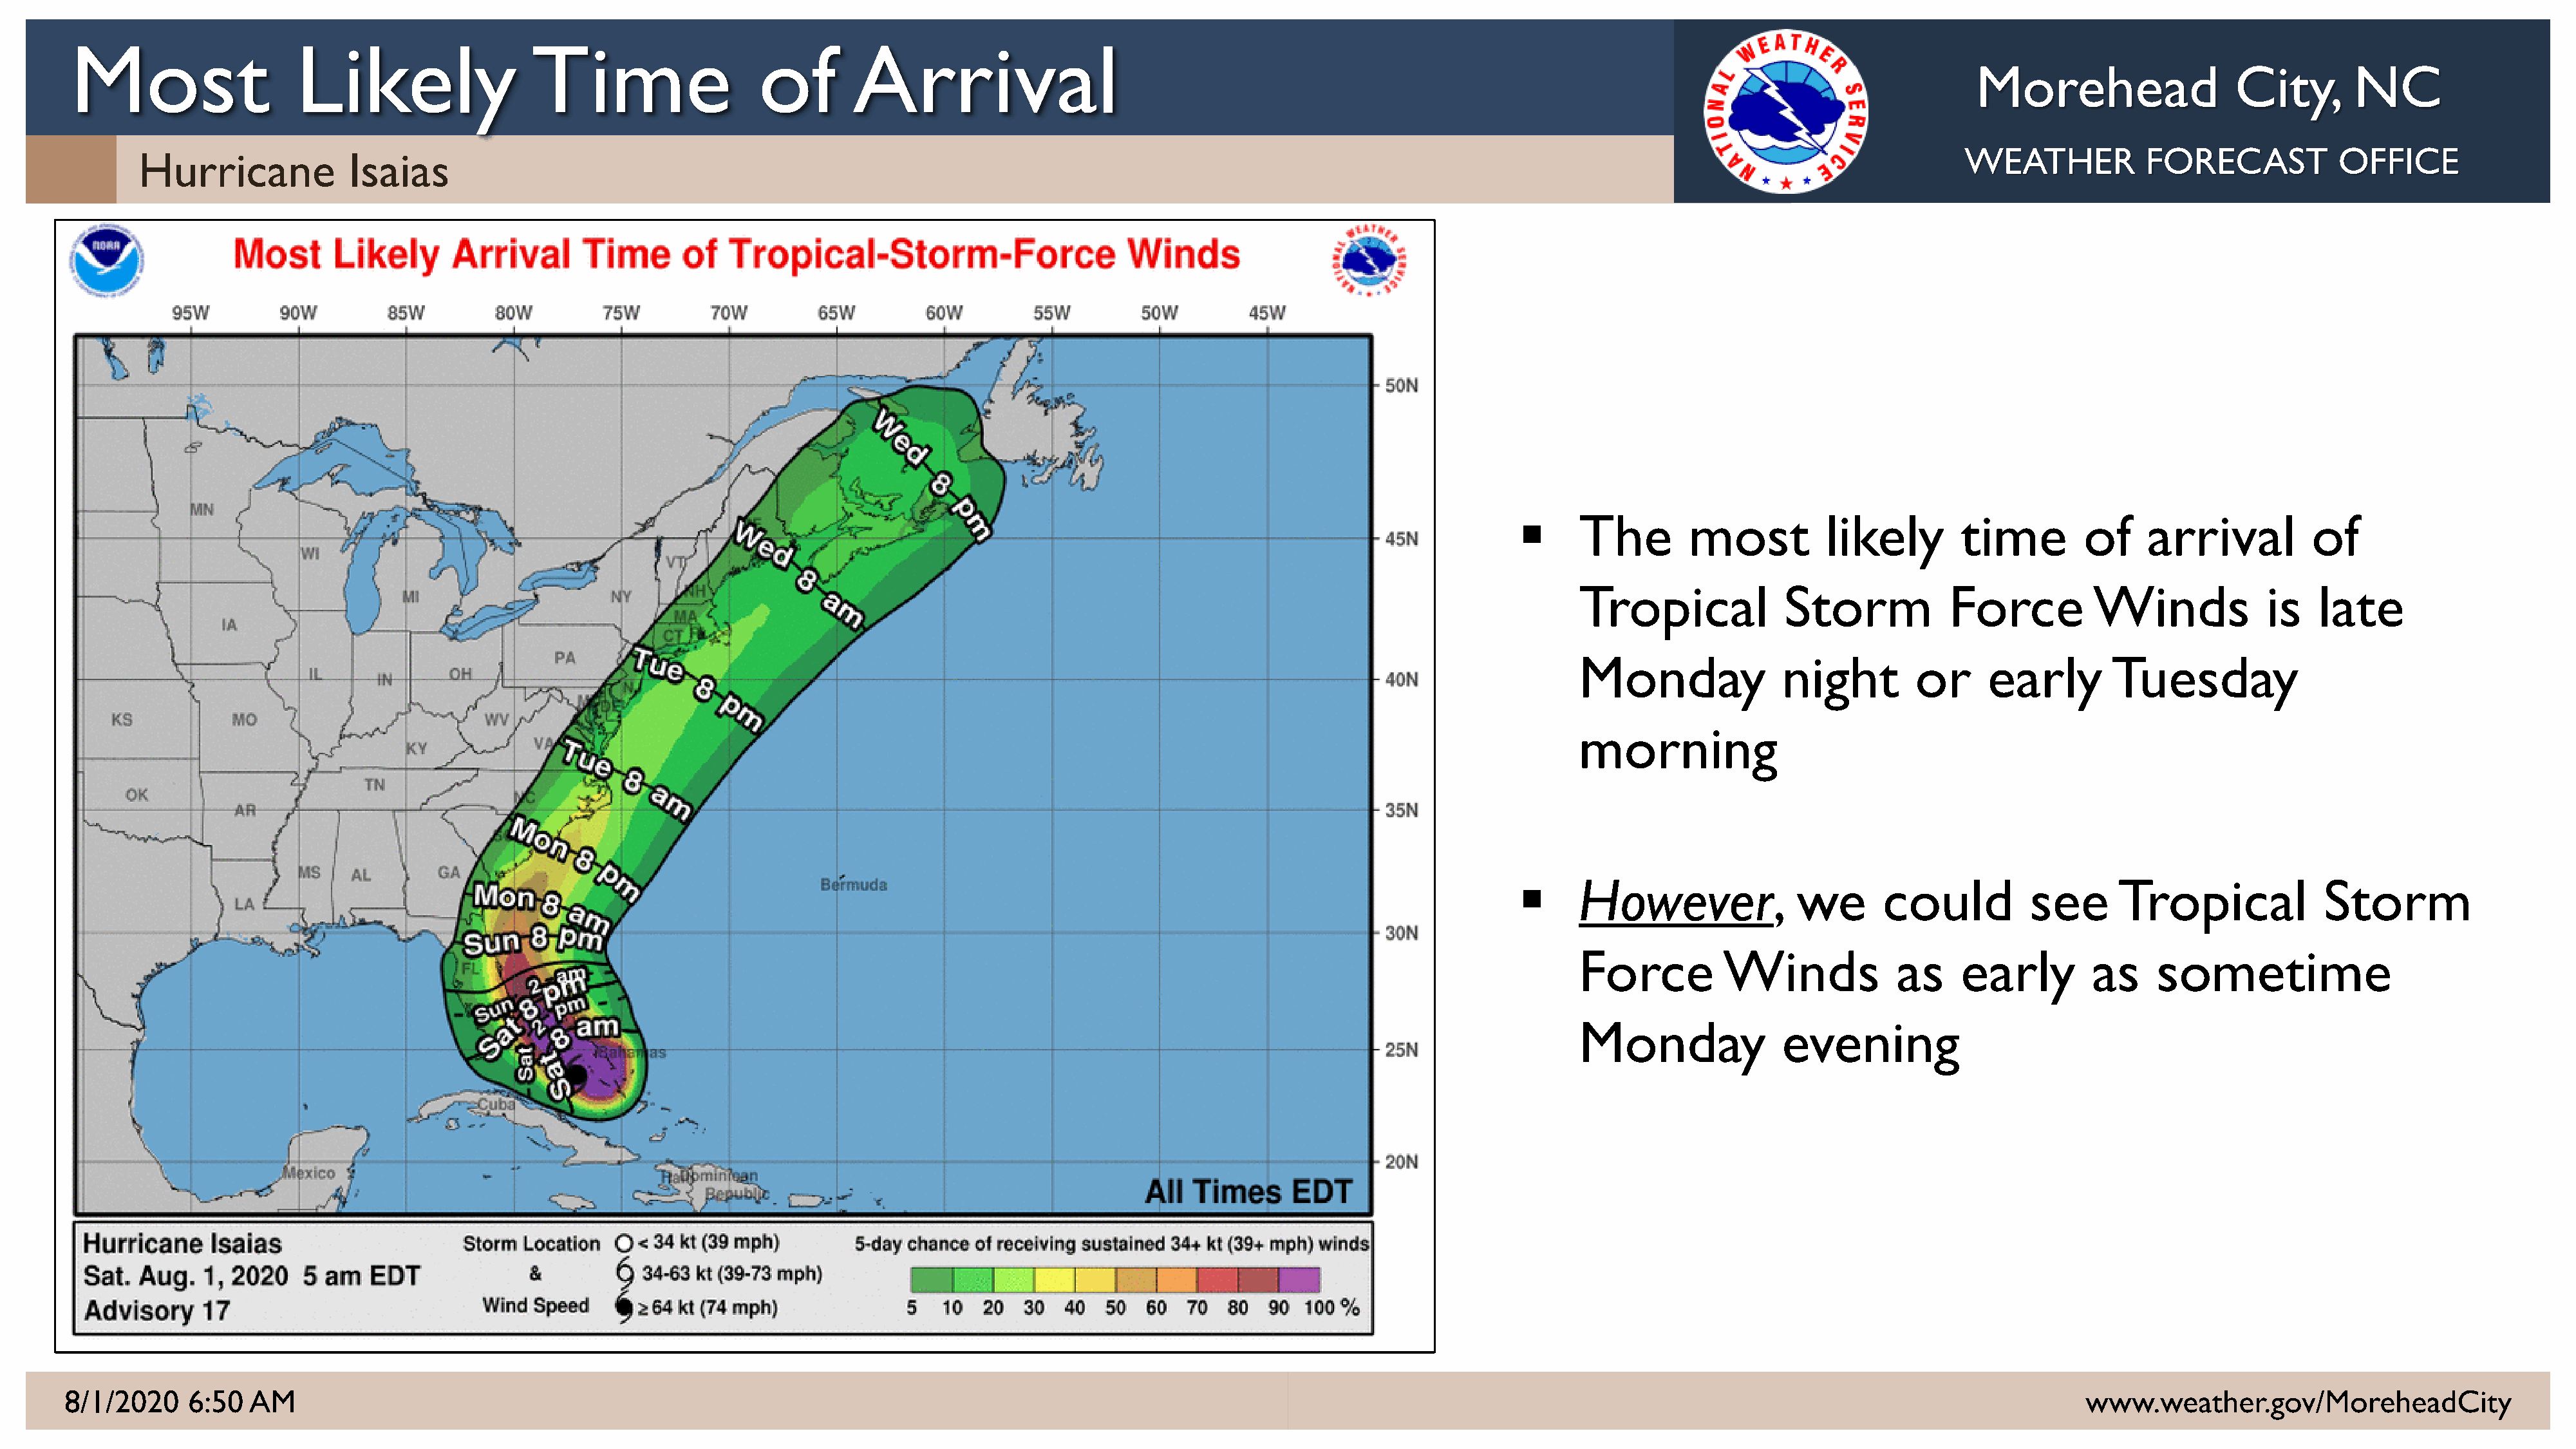
Most                   Likely                   Time                   of        Arrival
 Morehead                   City,       NC
 WEATHER            FORECAST           OFFICE
 Hurricane             Isaias
      The         most          likely        time        of     arrival          of
 Tropical             Storm            Force          Winds             is   late
 Monday               night         or     early        Tuesday
 morning
      However,               we       could          see      Tropical             Storm
 Force          Winds             as     early        as     sometime
 Monday               evening
 8/1/2020    6:50   AM                                                                                                                                                                                          www.weather.gov/MoreheadCity